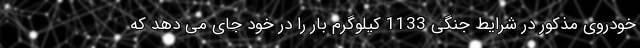
خودروی مذکور در شرایط جنگی 1133 کیلوگرم بار را در خود جای می دهد که